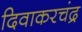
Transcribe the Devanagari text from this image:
दिवाकरचंद्र